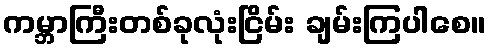
ကမ္ဘာကြီးတစ်ခုလုံးငြိမ်း ချမ်းကြပါစေ။